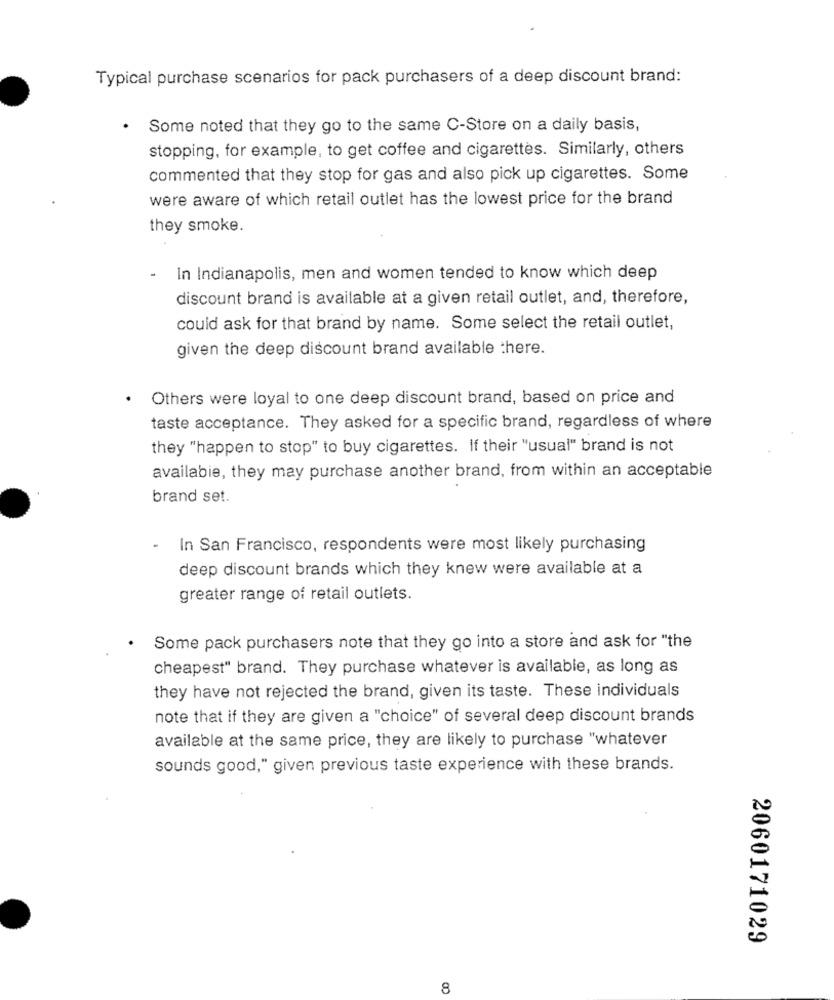
Typical purchase scenarios for pack purchasers of a deep discount brand:
Some noted that they go to the same C-Store on a daily basis,
stopping, for example, to get coffee and cigarettes. Similarly, others
commented that they stop for gas and also pick up cigarettes. Some
were aware of which retail outlet has the lowest price for the brand
they smoke.
In Indianapolis, men and women tended to know which deep
discount brand is available at a given retail outlet, and, therefore,
could ask for that brand by name. Some select the retail outlet,
given the deep discount brand available there.
·Others were loyal to one deep discount brand, based on price and
taste acceptance. They asked for a specific brand, regardless of where
they "happen to stop" to buy cigarettes. If their "usual" brand is not
availabie, they may purchase another brand, from within an acceptable
brand set.
-
In San Francisco, respondents were most likely purchasing
deep discount brands which they knew were available at a
greater range of retail outlets.
Some pack purchasers note that they go into a store and ask for "the
cheapest" brand. They purchase whatever is available, as long as
they have not rejected the brand, given its taste. These individuals
note that if they are given a "choice" of several deep discount brands
available at the same price, they are likely to purchase "whatever
sounds good," given previous taste experience with these brands.
2060171029
8